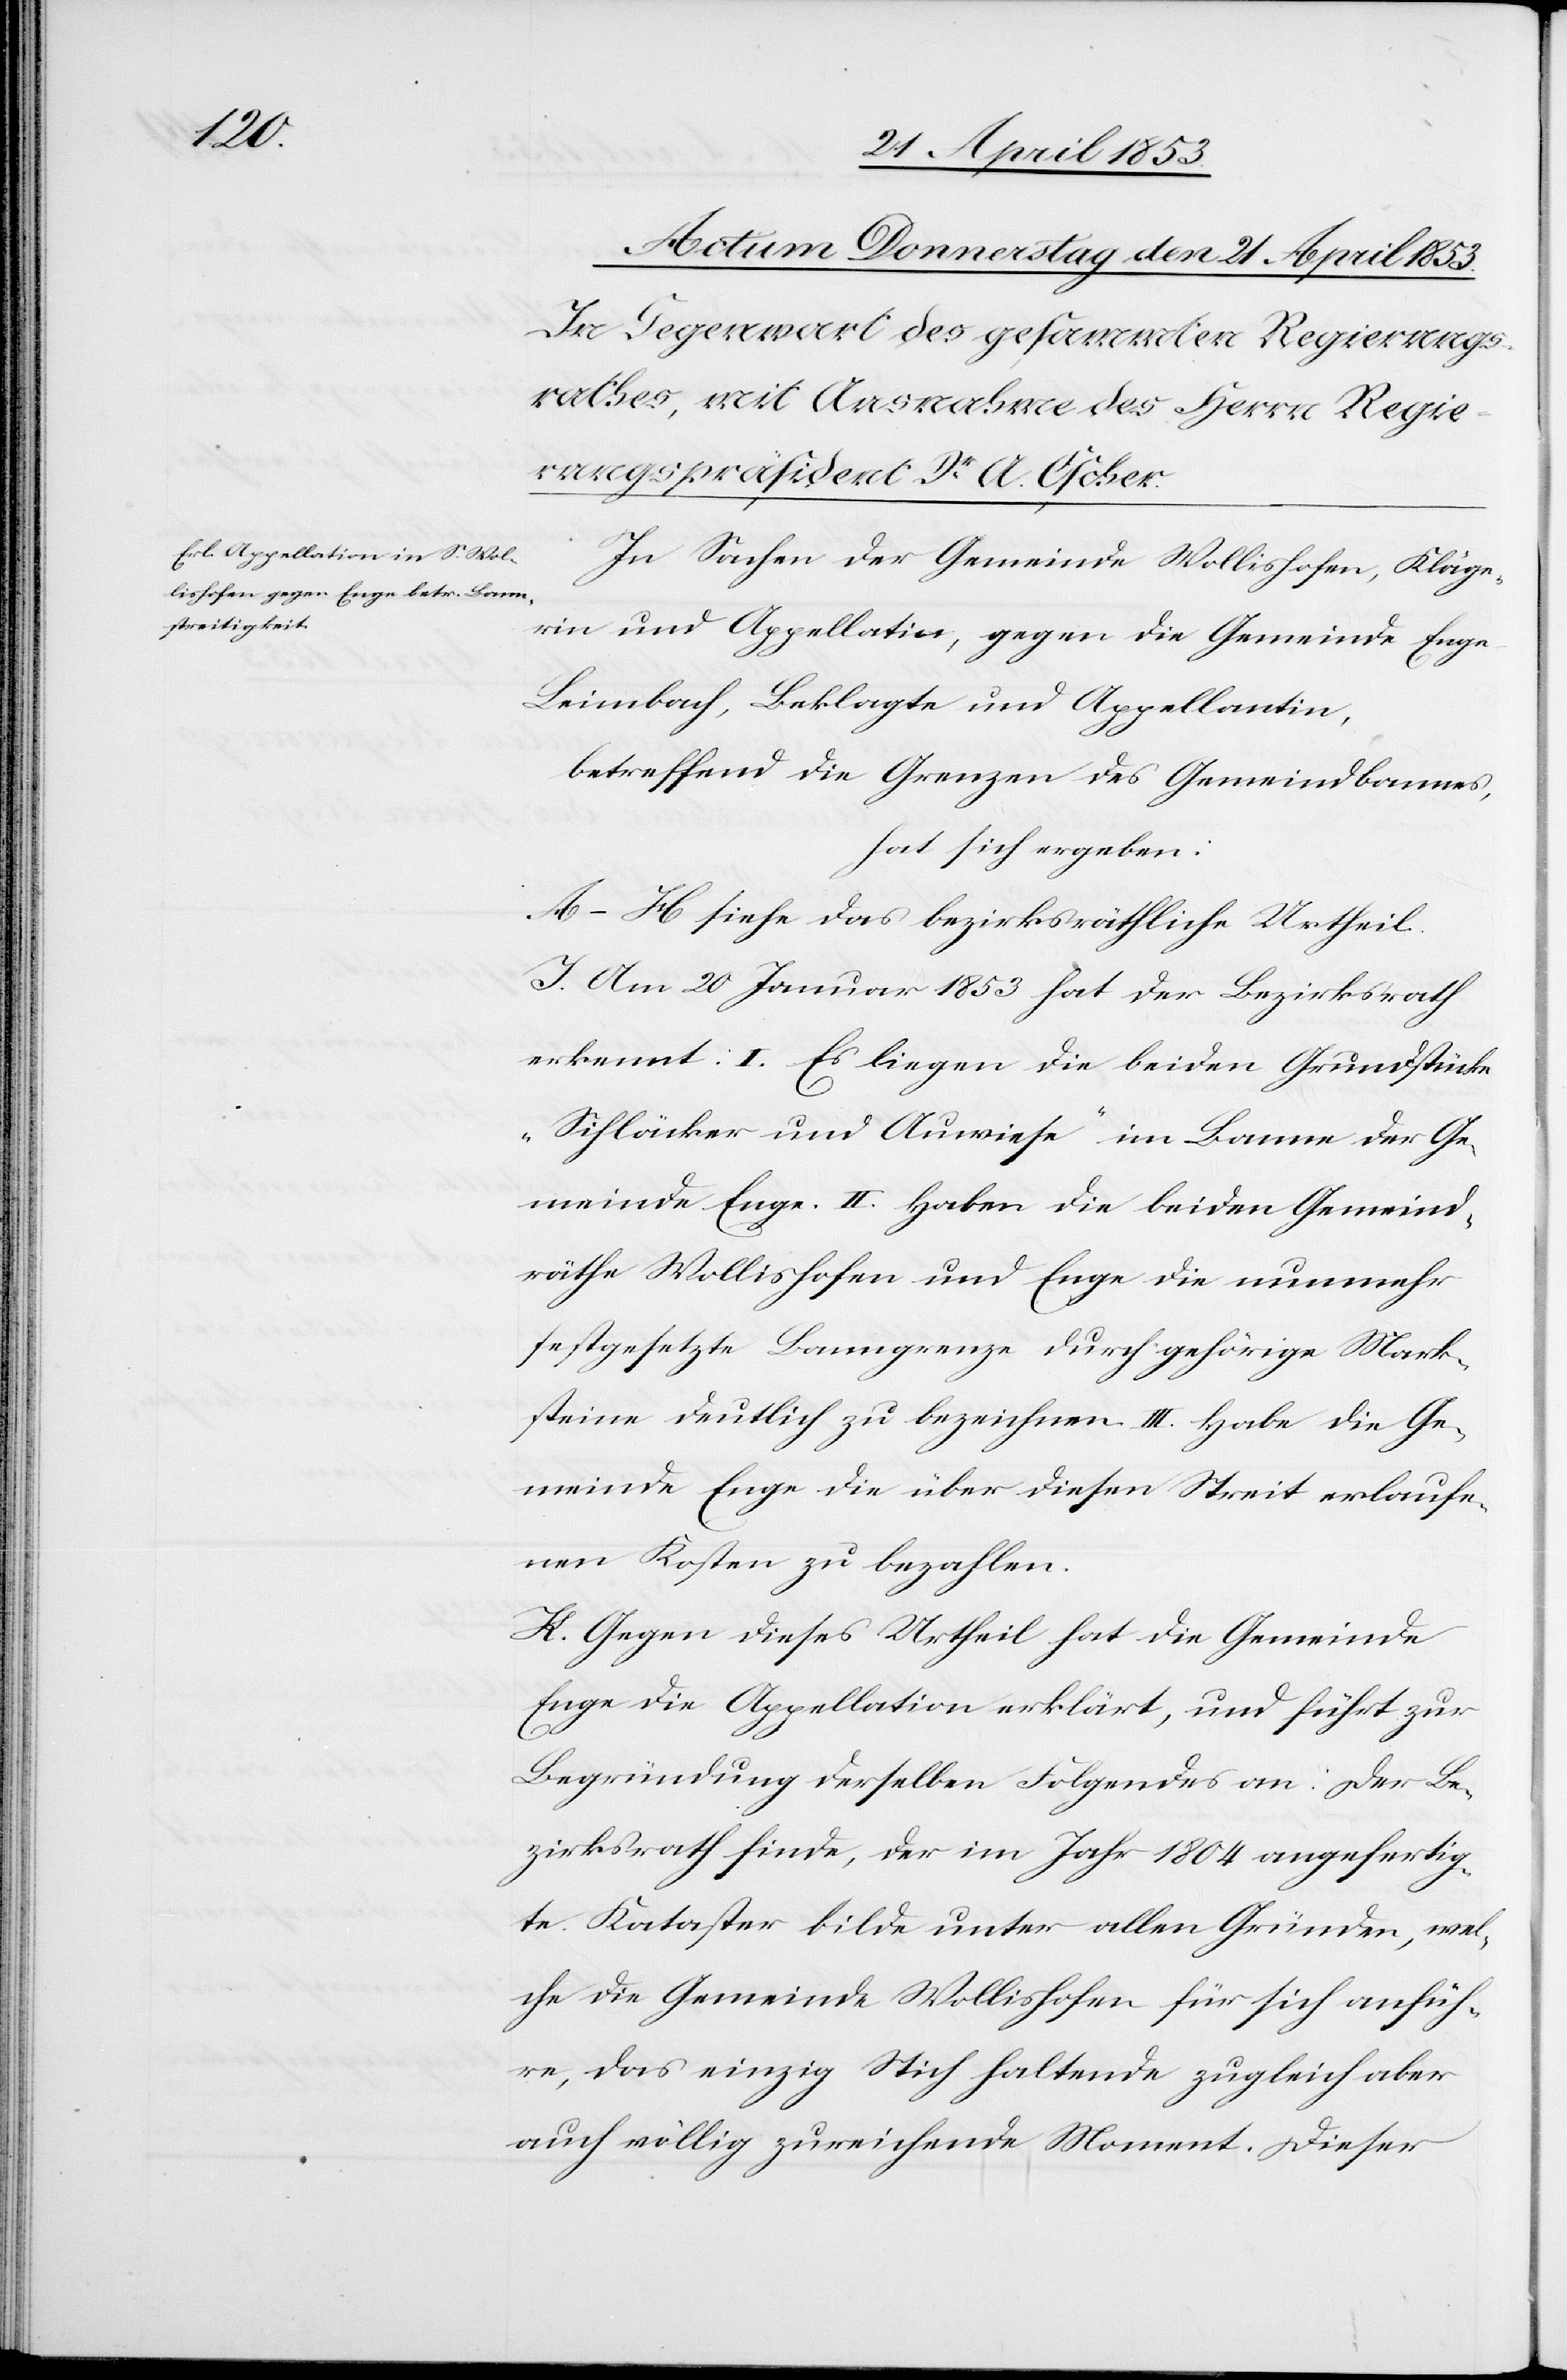
In Sachen der Gemeinde Wollishofen, Kläge¬
rin, und Appellatin, gegen die Gemeinde Enge
Leimbach, Beklagte und Appellantin,
betreffend die Grenzen des Gemeindbannes,
hat sich ergeben:
A–H siehe das bezirksräthliche Urtheil.
J. Am 20 Januar 1853 hat der Bezirksrath
erkennt: I. Es liegen die beiden Grundstücke
„Sihläcker und Auwiese“ im Banne der Ge¬
meinde Enge. II. Haben die beiden Gemeind¬
räthe Wollishofen und Enge die nunmehr
festgesetzte Banngrenze durch gehörige Mark¬
steine deutlich zu bezeichnen. III. Habe die Ge¬
meinde Enge die über diesen Streit erlaufe¬
nen Kosten zu bezahlen.
K. Gegen dieses Urtheil hat die Gemeinde
Enge die Appellation erklärt, und führt zur
Begründung derselben Folgendes an: Der Be¬
zirksrath finde, der im Jahr 1804 angefertig¬
te Kataster bilde unter allen Gründen, wel¬
che die Gemeinde Wollishofen für sich anfüh¬
re, das einzig Stich haltende[,] zugleich aber
auch völlig zureichende Moment. Dieser